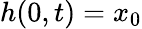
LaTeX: h(0,t)=x_{0}